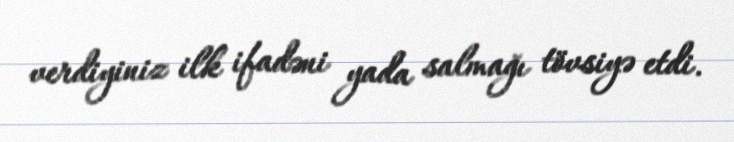
verdiyiniz ilk ifadəni yada salmağı tövsiyə etdi.